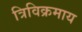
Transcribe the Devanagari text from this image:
त्रिविक्रमाय